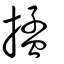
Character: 掹